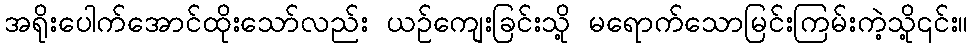
အရိုးပေါက်အောင်ထိုးသော်လည်း ယဉ်ကျေးခြင်းသို့ မရောက်သောမြင်းကြမ်းကဲ့သို့၎င်း။